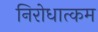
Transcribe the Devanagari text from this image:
निरोधात्कम